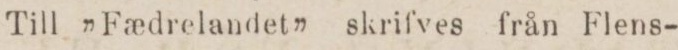
Till ”Fa_edrelandet” skrifves från Flens-